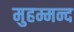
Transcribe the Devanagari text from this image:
मुहम्मन्द